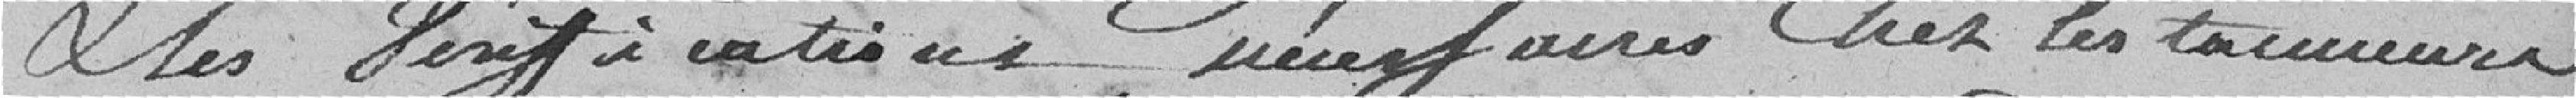
& les Vérifications nécessaires Chez les tanneurs .